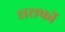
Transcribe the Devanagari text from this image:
सराफों